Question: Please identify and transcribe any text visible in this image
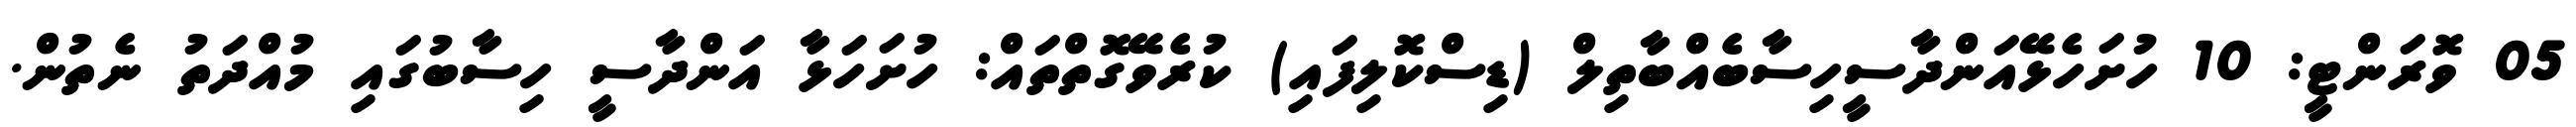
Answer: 05 ވޮރަންޓީ: 10 ހުށަހެޅޭއަންދާސީހިސާބެއްބާތިލް (ޑިސްކޮލިފައި) ކުރެވޭގޮތްތައް: ހުށަހަޅާ އަންދާސީ ހިސާބުގައި މުއްދަތު ނެތުން.